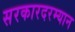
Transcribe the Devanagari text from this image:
सरकारदरम्यान